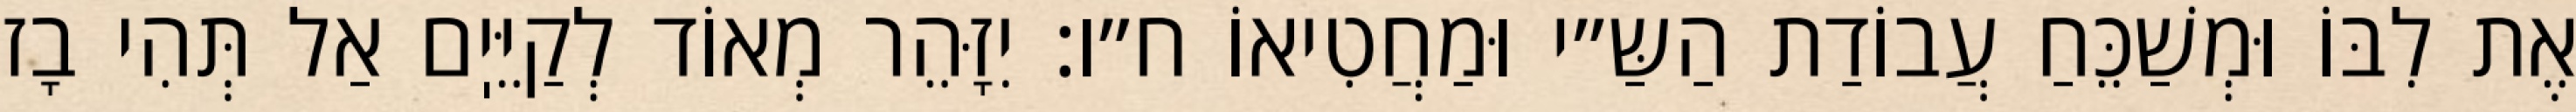
אֶת לִבּוֹ וּמְשַׁכֵּחַ עֲבוֹדַת הַשַּ״י וּמַחֲטִיאוֹ ח״ו: יִזָּהֵר מְאוֹד לְקַיֵּיֽם אַל תְּהִי בָז